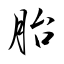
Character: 胎